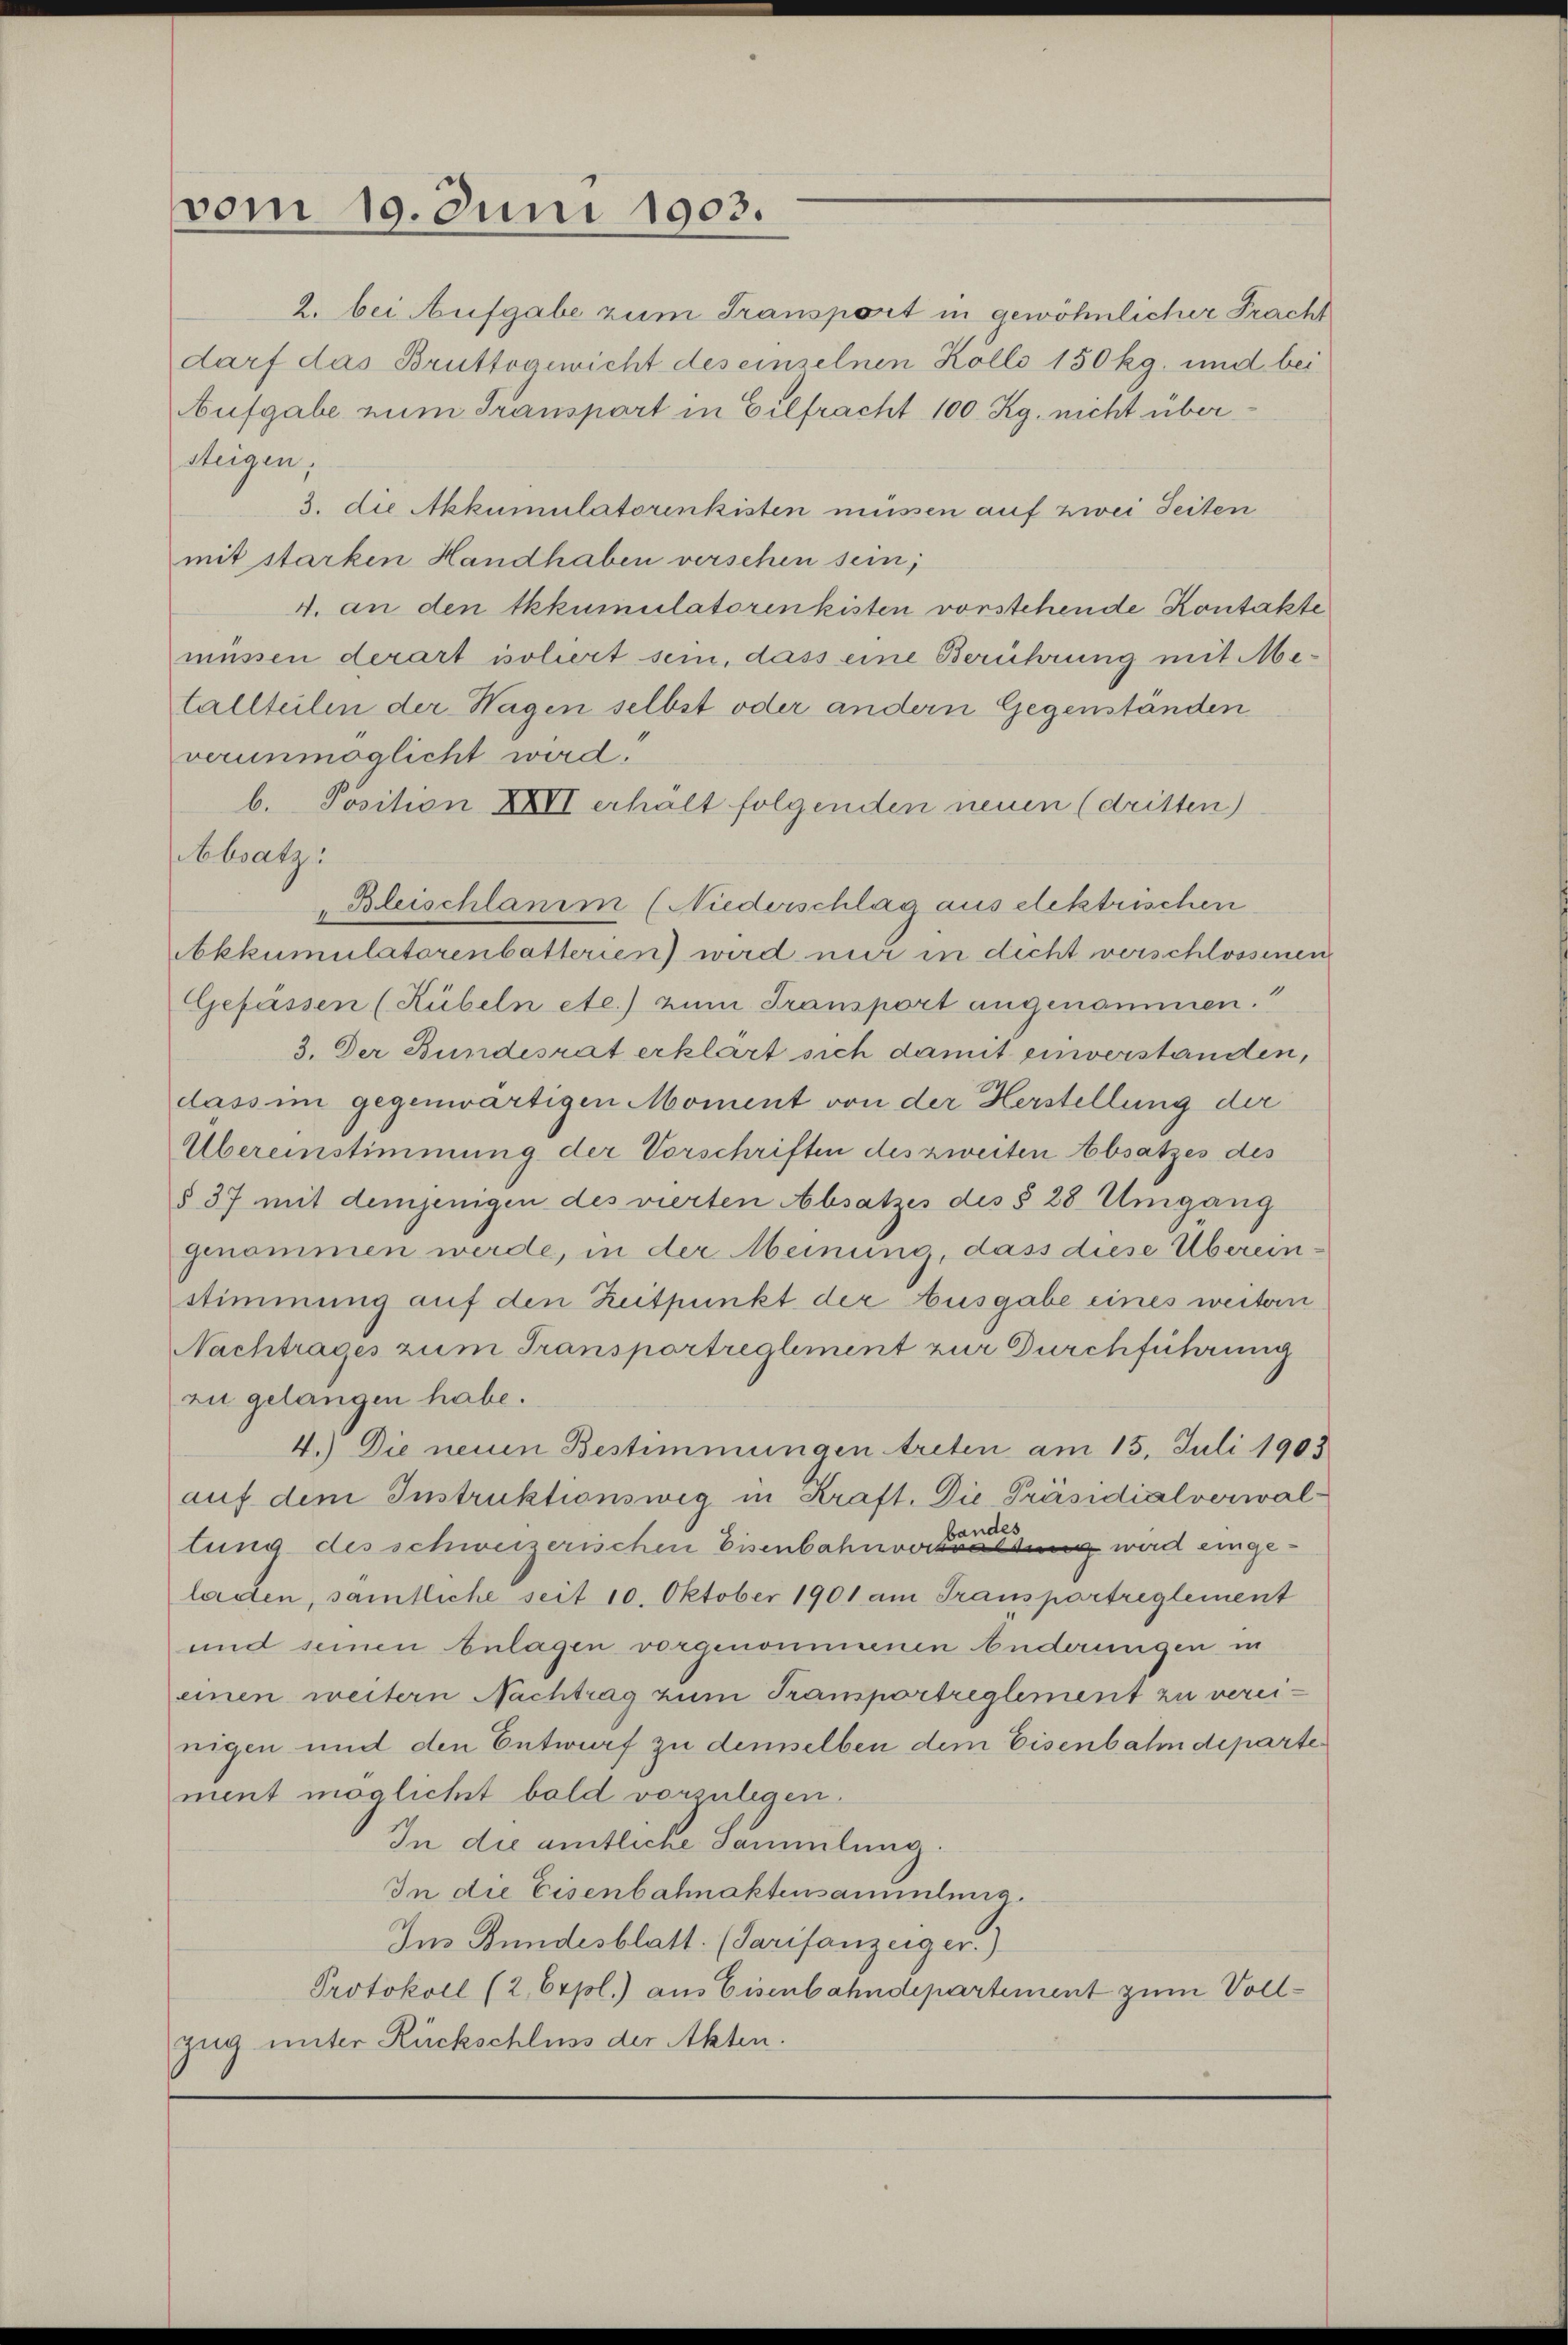
vom 19. Juni 1903.

Aufgabe zum Transport in Eilfracht 100. Rg. nicht übersteigen,
3. die Akkumulatorinkisten müssen auf zwei Seiten
mit starken Handhaben verschen sein;
4. an den tkkumulatorinkisten vorstehende Kontakte
müssen derart isoliert sein, dass eine Berührung mit Metallteilen der Wagen selbst oder andern Gegenständen
verunmöglicht wird.
b. Position XXVI erhält folgenden neuen (dritten)
Absatz:
Bleischlani (Niederschlag aus elektrischen
bkkumulatorenbatterien) wird nur in dicht verschlossenen
Gefässen (Kübeln etc.) zum Transport angenommen.
3. Der Bundesrat erklärt sich damit einverstanden,
dass im gegenwärtigen Moment von der Herstellung der
Übereinstimmung der Vorschriften des zweiten Absatzes des
§ 37 mit demjenigen des vierten Absatzes des § 28. Umgang
genommen werde, in der Meinung, dass diese Überein-
stimmung auf den Zeitpunkt der Ausgabe eines weitern
Nachtrages zum Transportreglement zur Durchführung
zu gelangen habe.
4.) Die neuen Bestimmungen treten am 15. Juli 1903
auf dem Instruktionsweg in Kraft. Die-Präsidialverwalhandes
lung des schweizerischen Eisenbahnverwaltung wird eingeladen, samtliche seit 10. Oktober 1901 am Transportreglement
und seinen belagen vorgenommenen Anderungen in
einen weitern Nachtrag zum Transportreglement zu vereinigen und den Entwurf zu demselben dem Eisenbahndepartement möglichst bald vorzulegen.
In die amtliche Sammlung.
In die Eisenbahnaktensammlung.
Im Bundesblatt. (Tarifanzeiger.)
Protokoll (2, Expl.) aus Eisenbahndepartement zum Voll¬
Zug unter Rückschluss der Akten.

2. bei Aufgabe zum Transport in gewöhnlicher Fracht
darf das Bruttogewicht des einzelnen Kolle 150 kg. und bei